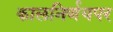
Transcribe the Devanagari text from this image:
कालनिर्णयपर